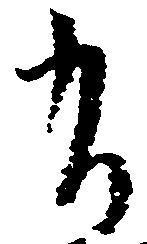
有